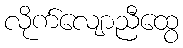
လိုက်လျောညီထွေ